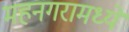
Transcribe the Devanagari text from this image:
महनगरामध्ये